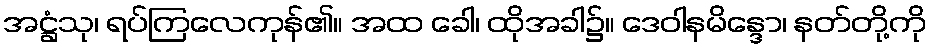
အဋ္ဌံသု၊ ရပ်ကြလေကုန်၏။ အထ ခေါ၊ ထိုအခါ၌။ ဒေဝါနမိန္ဒော၊ နတ်တို့ကို